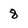
Character: 8